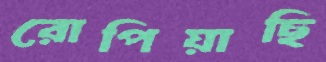
রোপিয়াছি